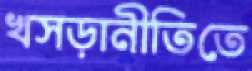
খসড়ানীতিতে